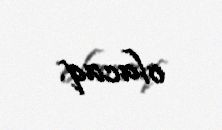
olacaq.